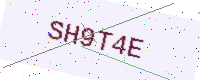
Text: SH9T4E